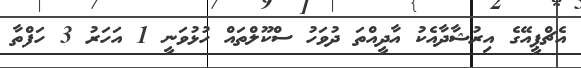
އެޗްޕީއޭގެ އިރުޝާދާއެކު އާދީއްތަ ދުވަހު ސްކޫލްތައް ހުޅުވަނީ 1 އަހަރު 3 ހަފްތާ